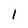
Character: 1